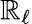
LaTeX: \mathbb{R}_{\ell}